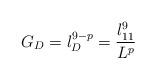
LaTeX: \begin{align*}G_D = l_D^{9 - p} = \frac{l_{11}^9}{L^p}\end{align*}